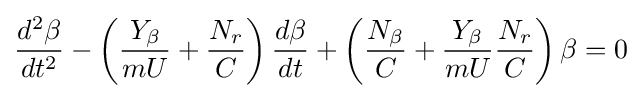
{\frac {d^{2}\beta }{dt^{2}}}-\left({\frac {Y_{\beta }}{mU}}+{\frac {N_{r}}{C}}\right){\frac {d\beta }{dt}}+\left({\frac {N_{\beta }}{C}}+{\frac {Y_{\beta }}{mU}}{\frac {N_{r}}{C}}\right)\beta =0